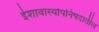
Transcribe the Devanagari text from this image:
ईशावास्योपनिषदातील